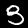
Digit: 3